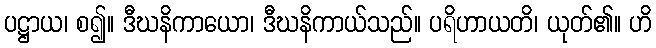
ပဋ္ဌာယ၊ စ၍။ ဒီဃနိကာယော၊ ဒီဃနိကာယ်သည်။ ပရိဟာယတိ၊ ယုတ်၏။ ဟိ